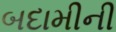
બદામીની